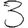
Digit: 3